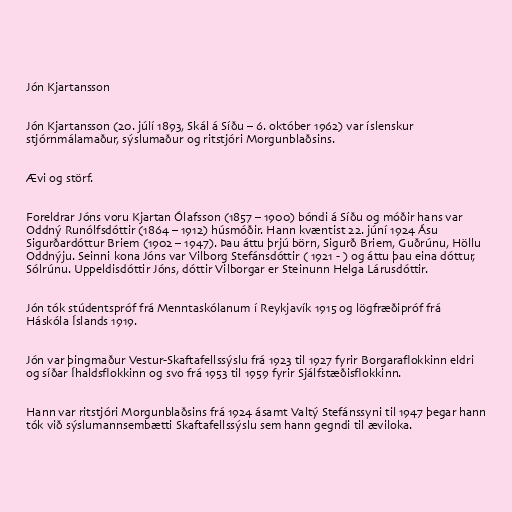
Jón Kjartansson

Jón Kjartansson (20. júlí 1893, Skál á Síðu – 6. október 1962) var íslenskur
stjórnmálamaður, sýslumaður og ritstjóri Morgunblaðsins.

Ævi og störf.

Foreldrar Jóns voru Kjartan Ólafsson (1857 – 1900) bóndi á Síðu og móðir hans var
Oddný Runólfsdóttir (1864 – 1912) húsmóðir. Hann kvæntist 22. júní 1924 Ásu
Sigurðardóttur Briem (1902 – 1947). Þau áttu þrjú börn, Sigurð Briem, Guðrúnu, Höllu
Oddnýju. Seinni kona Jóns var Vilborg Stefánsdóttir ( 1921 - ) og áttu þau eina dóttur,
Sólrúnu. Uppeldisdóttir Jóns, dóttir Vilborgar er Steinunn Helga Lárusdóttir.

Jón tók stúdentspróf frá Menntaskólanum í Reykjavík 1915 og lögfræðipróf frá
Háskóla Íslands 1919.

Jón var þingmaður Vestur-Skaftafellssýslu frá 1923 til 1927 fyrir Borgaraflokkinn eldri
og síðar Íhaldsflokkinn og svo frá 1953 til 1959 fyrir Sjálfstæðisflokkinn.

Hann var ritstjóri Morgunblaðsins frá 1924 ásamt Valtý Stefánssyni til 1947 þegar hann
tók við sýslumannsembætti Skaftafellssýslu sem hann gegndi til æviloka.